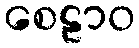
စေဠာဝ